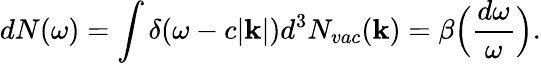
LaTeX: dN(\omega)=\int\delta(\omega-c|{\mathbf k}|)d^{3}N_{vac}({\mathbf k})=\beta\Big({\frac{d\omega}{\omega}}\Big).